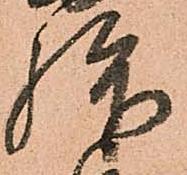
拝